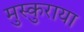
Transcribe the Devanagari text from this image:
मुस्कुराया